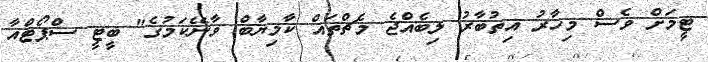
ޓީމަށް ވެސް މިހާރު އިތުބާރު ލިބެއްޖެ މެޗްތައް ކާމިޔާބް ވާނޭކަމުގެ" ބީޓީ ސްޕޯޓްއާ